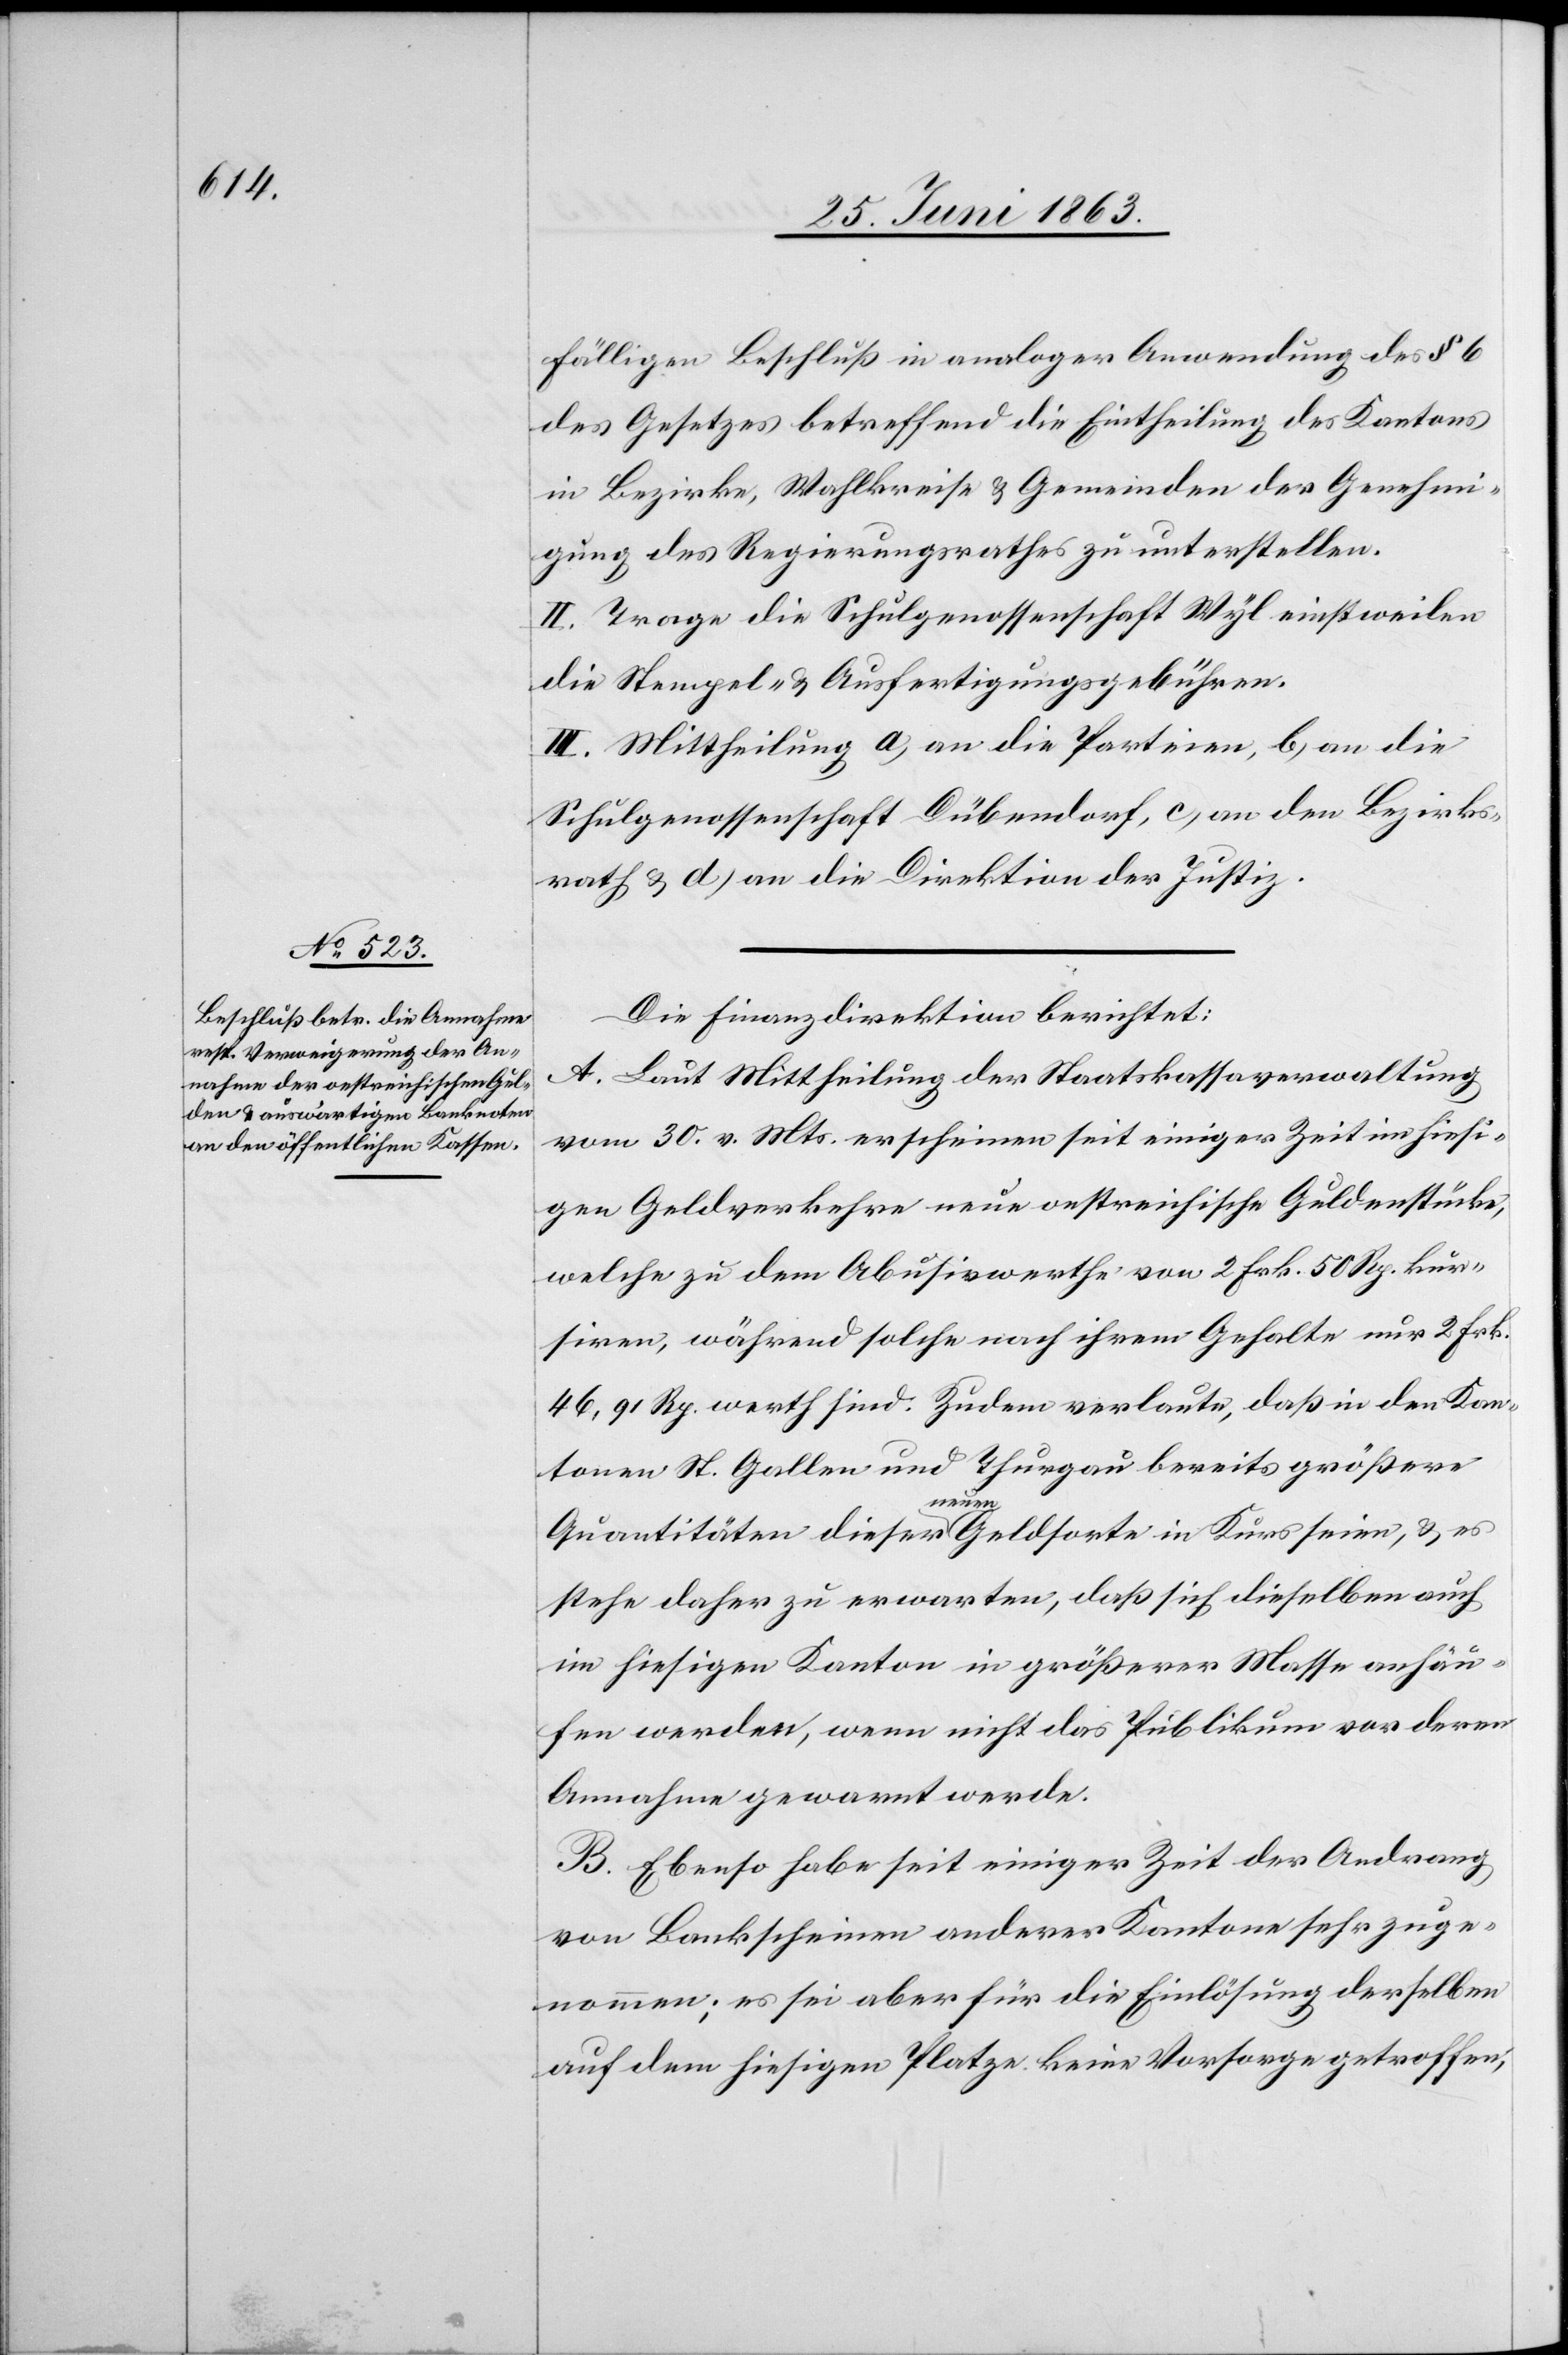
fälligen Beschluß in analoger Anwendung des § 6
des Gesetzes betreffend die Eintheilung des Kantons
in Bezirke, Wahlkreise & Gemeinden der Genehmi¬
gung des Regierungsrathes zu unterstellen.
II. Trage die Schulgenossenschaft Wyl einstweilen
die Stempel- & Ausfertigungsgebühren.
III. Mittheilung a) an die Parteien, b) an die
Schulgenossenschaft Dübendorf, c) an den Bezirks¬
rath & d) an die Direktion der Justiz.
Die Finanzdirektion berichtet:
A. Laut Mittheilung der Staatskassaverwaltung
vom 30. v. Mts. erscheinen seit einiger Zeit im hiesi¬
gen Geldverkehre neue oestreichische Guldenstücke,
welche zu dem Abusivwerthe von 2 Frk. 50 Rp. kur¬
siren, während solche nach ihrem Gehalte nur 2 Frk.
46,91 Rp. werth sind. Zudem verlaute, daß in den Kan¬
tonen St. Gallen und Thurgau bereits größere
Quantitäten dieser a-neuen-a Geldsorte in Kurs seien, & es
stehe daher zu erwarten, daß sich dieselben auch
im hiesigen Kanton in größerer Masse anhäu¬
fen werden, wenn nicht das Publikum vor deren
Annahme gewarnt werde.
B. Ebenso habe seit einiger Zeit der Andrang
von Bankscheinen anderer Kantone sehr zuge¬
nommen; es sei aber für die Einlösung derselben
auf dem hiesigen Platze keine Vorsorge getroffen,